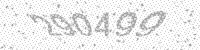
Solution: 290499